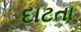
દાટતા